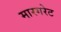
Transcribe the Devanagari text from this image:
मारगरेट